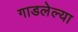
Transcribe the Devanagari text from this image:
गाडलेल्या